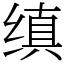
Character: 缜